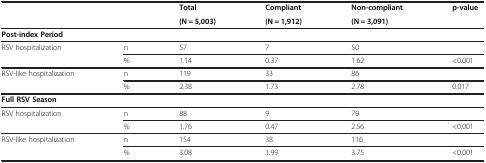
<table><thead><tr><td><b> </b></td><td><b> </b></td><td><b>Total</b></td><td><b>Compliant</b></td><td><b>Non-compliant</b></td><td><b>p-value</b></td></tr><tr><td><b> </b></td><td><b> </b></td><td><b>(N = 5,003)</b></td><td><b>(N = 1,912)</b></td><td><b>(N = 3,091)</b></td><td><b> </b></td></tr></thead><tbody><tr><td colspan="6"><b>Post-index Period</b></td></tr><tr><td>RSV hospitalization</td><td>n</td><td>57</td><td>7</td><td>50</td><td> </td></tr><tr><td> </td><td>%</td><td>1.14</td><td>0.37</td><td>1.62</td><td>&lt;0.001</td></tr><tr><td>RSV-like hospitalization</td><td>n</td><td>119</td><td>33</td><td>86</td><td> </td></tr><tr><td> </td><td>%</td><td>2.38</td><td>1.73</td><td>2.78</td><td>0.017</td></tr><tr><td colspan="6"><b>Full RSV Season</b></td></tr><tr><td>RSV hospitalization</td><td>n</td><td>88</td><td>9</td><td>79</td><td> </td></tr><tr><td> </td><td>%</td><td>1.76</td><td>0.47</td><td>2.56</td><td>&lt;0.001</td></tr><tr><td>RSV-like hospitalization</td><td>n</td><td>154</td><td>38</td><td>116</td><td> </td></tr><tr><td> </td><td>%</td><td>3.08</td><td>1.99</td><td>3.75</td><td>&lt;0.001</td></tr></tbody></table>